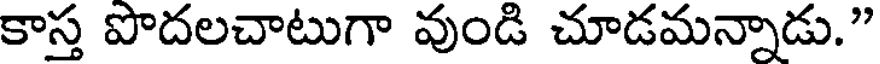
కాస్త పొదలచాటుగా వుండి చూడమన్నాడు."